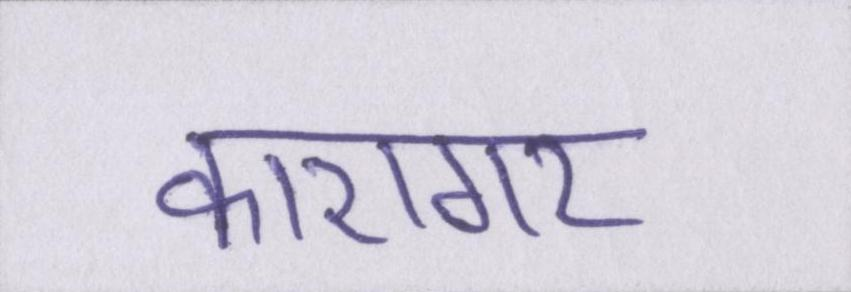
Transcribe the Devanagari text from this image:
कारागर